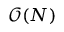
\mathcal { O } ( N )